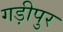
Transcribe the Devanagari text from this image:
गड़ीपुर